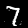
Label: 7